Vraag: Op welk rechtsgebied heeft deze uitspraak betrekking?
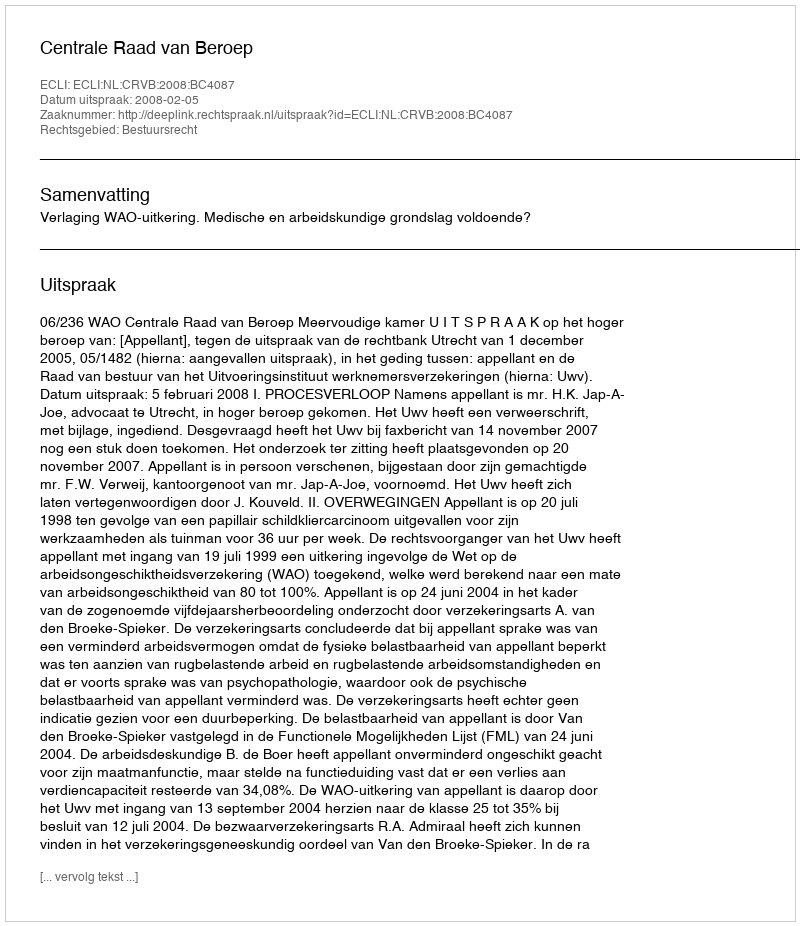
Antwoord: Bestuursrecht